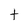
Character: t